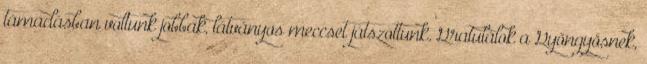
támadásban voltunk jobbak, látványos meccset játszottunk. Gratulálok a Gyöngyösnek,